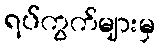
ရပ်ကွက်များမှ